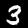
Label: 3